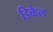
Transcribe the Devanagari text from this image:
डिकेल